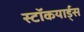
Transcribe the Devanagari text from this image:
स्टॉकयार्ड्स